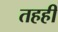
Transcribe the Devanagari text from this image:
तहही